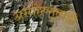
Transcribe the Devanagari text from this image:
असहिष्णूताही